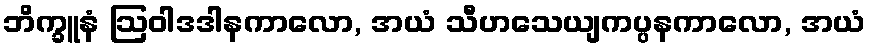
ဘိက္ခူနံ ဩဝါဒဒါနကာလော, အယံ သီဟသေယျကပ္ပနကာလော, အယံ